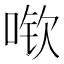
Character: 𫪽